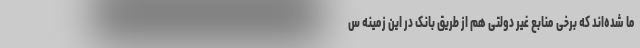
ما شده‌اند که برخی منابع غیر دولتی هم از طریق بانک در این زمینه س